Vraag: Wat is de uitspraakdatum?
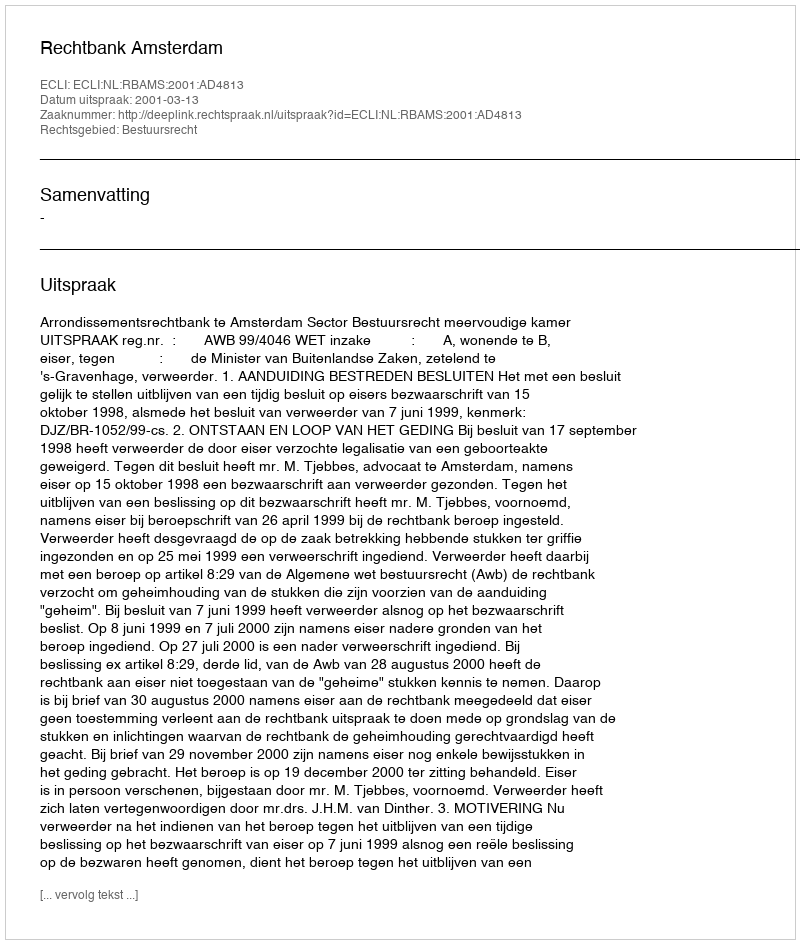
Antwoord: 2001-03-13